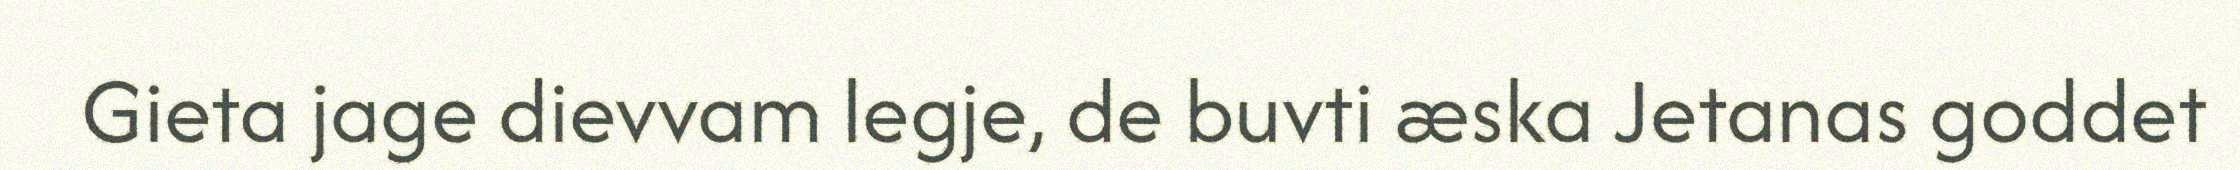
Gieta jage dievvam legje, de buvti æska Jetanas goddet